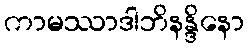
ကာမဿာဒါဘိနန္ဒိနော